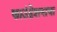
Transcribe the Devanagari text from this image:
फाउंडेशनाचा